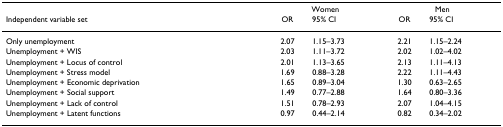
|  | <COLSPAN=2> Women | <COLSPAN=2> Men |
 | Independent variable set | OR | 95% CI | OR | 95% CI |
 | --- | --- | --- | --- | --- |
 | Only unemployment | 2.07 | 1.15–3.73 | 2.21 | 1.15–2.24 |
 | Unemployment + WIS | 2.03 | 1.11–3.72 | 2.02 | 1.02–4.02 |
 | Unemployment + Locus of control | 2.01 | 1.13–3.65 | 2.13 | 1.11–4.13 |
 | Unemployment + Stress model | 1.69 | 0.88–3.28 | 2.22 | 1.11–4.43 |
 | Unemployment + Economic deprivation | 1.65 | 0.89–3.04 | 1.30 | 0.63–2.65 |
 | Unemployment + Social support | 1.49 | 0.77–2.88 | 1.64 | 0.80–3.36 |
 | Unemployment + Lack of control | 1.51 | 0.78–2.93 | 2.07 | 1.04–4.15 |
 | Unemployment + Latent functions | 0.97 | 0.44–2.14 | 0.82 | 0.34–2.02 |